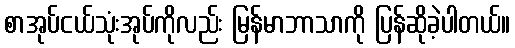
စာအုပ်ငယ်သုံးအုပ်ကိုလည်း မြန်မာဘာသာကို ပြန်ဆိုခဲ့ပါတယ်။